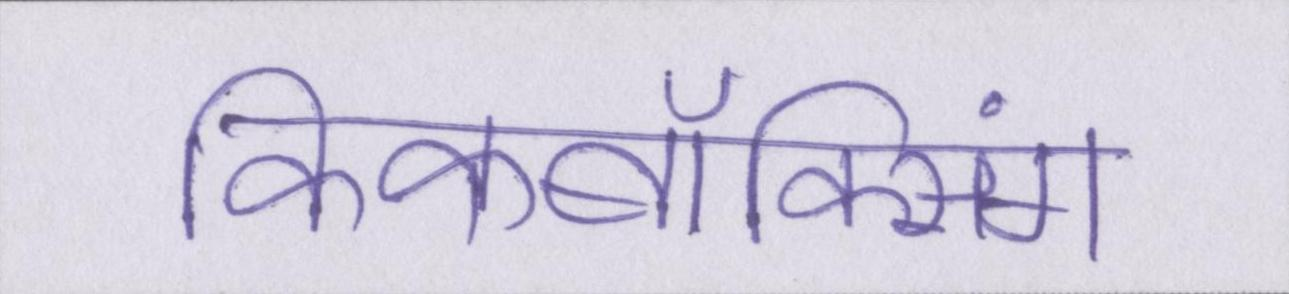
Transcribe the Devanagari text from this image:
किकबॉक्सिंग